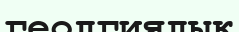
геолгиялық